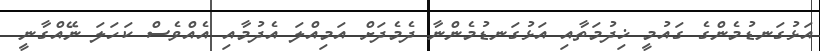
އަޅުގަނޑުމެންގެ ގައުމީ ޚިދުމަތާއި އަޅުގަނޑުމެންނާ ދެމެދަށް އަމިއްލަ އެދުމާއި އެއްވެސް ކަހަލަ ނޭއްގާނީ